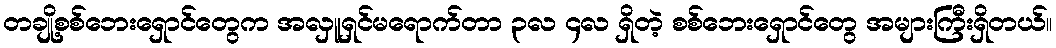
တချို့စစ်ဘေးရှောင်တွေက အလှူရှင်မရောက်တာ ၃လ ၄လ ရှိတဲ့ စစ်ဘေးရှောင်တွေ အများကြီးရှိတယ်။